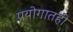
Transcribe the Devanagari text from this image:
प्रयोगातही